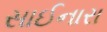
સાઈનારા